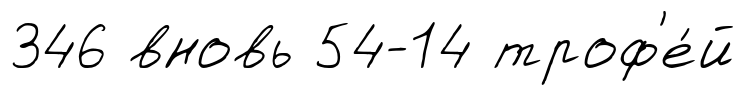
346 вновь 54-14 троф'е́й